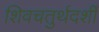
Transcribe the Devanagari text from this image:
शिवचतुर्थदर्शी